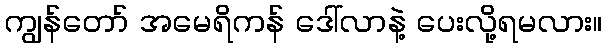
ကျွန်တော် အမေရိကန် ဒေါ်လာနဲ့ ပေးလို့ရမလား။